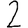
Digit: 2